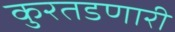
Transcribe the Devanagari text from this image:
कुरतडणारी